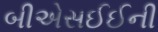
બીએસઈઈની